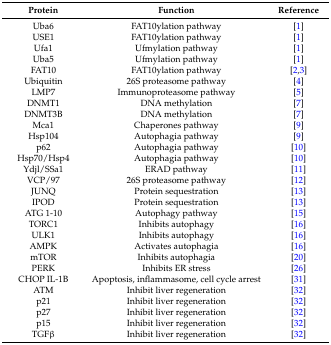
<table><thead><tr><td><b>Protein</b></td><td><b>Function</b></td><td><b>Reference</b></td></tr></thead><tbody><tr><td>Uba6</td><td>FAT10ylation pathway</td><td>[1]</td></tr><tr><td>USE1</td><td>FAT10ylation pathway</td><td>[1]</td></tr><tr><td>Ufa1</td><td>Ufmylation pathway</td><td>[1]</td></tr><tr><td>Uba5</td><td>Ufmylation pathway</td><td>[1]</td></tr><tr><td>FAT10</td><td>FAT10ylation pathway</td><td>[2,3]</td></tr><tr><td>Ubiquitin</td><td>26S proteasome pathway</td><td>[4]</td></tr><tr><td>LMP7</td><td>Immunoproteasome pathway</td><td>[5]</td></tr><tr><td>DNMT1</td><td>DNA methylation</td><td>[7]</td></tr><tr><td>DNMT3B</td><td>DNA methylation</td><td>[7]</td></tr><tr><td>Mca1</td><td>Chaperones pathway</td><td>[9]</td></tr><tr><td>Hsp104</td><td>Autophagia pathway</td><td>[9]</td></tr><tr><td>p62</td><td>Autophagia pathway</td><td>[10]</td></tr><tr><td>Hsp70/Hsp4</td><td>Autophagia pathway</td><td>[10]</td></tr><tr><td>Ydjl/SSa1</td><td>ERAD pathway</td><td>[11]</td></tr><tr><td>VCP/97</td><td>26S proteasome pathway</td><td>[12]</td></tr><tr><td>JUNQ</td><td>Protein sequestration</td><td>[13]</td></tr><tr><td>IPOD</td><td>Protein sequestration</td><td>[13]</td></tr><tr><td>ATG 1-10</td><td>Autophagy pathway</td><td>[15]</td></tr><tr><td>TORC1</td><td>Inhibits autophagy</td><td>[16]</td></tr><tr><td>ULK1</td><td>Inhibits autophagy</td><td>[16]</td></tr><tr><td>AMPK</td><td>Activates autophagia</td><td>[16]</td></tr><tr><td>mTOR</td><td>Inhibits autophagia</td><td>[20]</td></tr><tr><td>PERK</td><td>Inhibits ER stress</td><td>[26]</td></tr><tr><td>CHOP IL-1B</td><td>Apoptosis, inflammasome, cell cycle arrest</td><td>[31]</td></tr><tr><td>ATM</td><td>Inhibit liver regeneration</td><td>[32]</td></tr><tr><td>p21</td><td>Inhibit liver regeneration</td><td>[32]</td></tr><tr><td>p27</td><td>Inhibit liver regeneration</td><td>[32]</td></tr><tr><td>p15</td><td>Inhibit liver regeneration</td><td>[32]</td></tr><tr><td>TGFβ</td><td>Inhibit liver regeneration</td><td>[32]</td></tr></tbody></table>